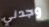
وجدني